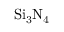
\mathrm { S i } _ { 3 } \mathrm { N } _ { 4 }